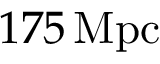
1 7 5 \, \mathrm { { M p c } }